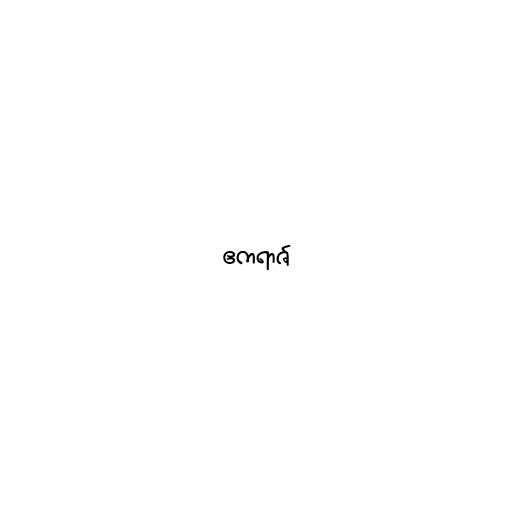
ဧကရာဇ်